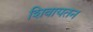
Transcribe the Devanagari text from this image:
शिवायतन